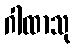
ဂါထာသု